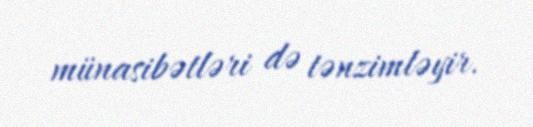
münasibətləri də tənzimləyir.